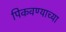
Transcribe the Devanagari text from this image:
पिकवण्याच्या